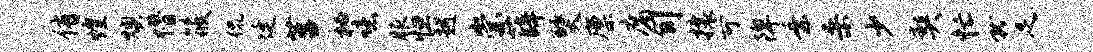
侑煌燠懵筱侃廷莒秘噫服怛越崇薛燹廪腐旬攘可陴乘桑少契忙就足